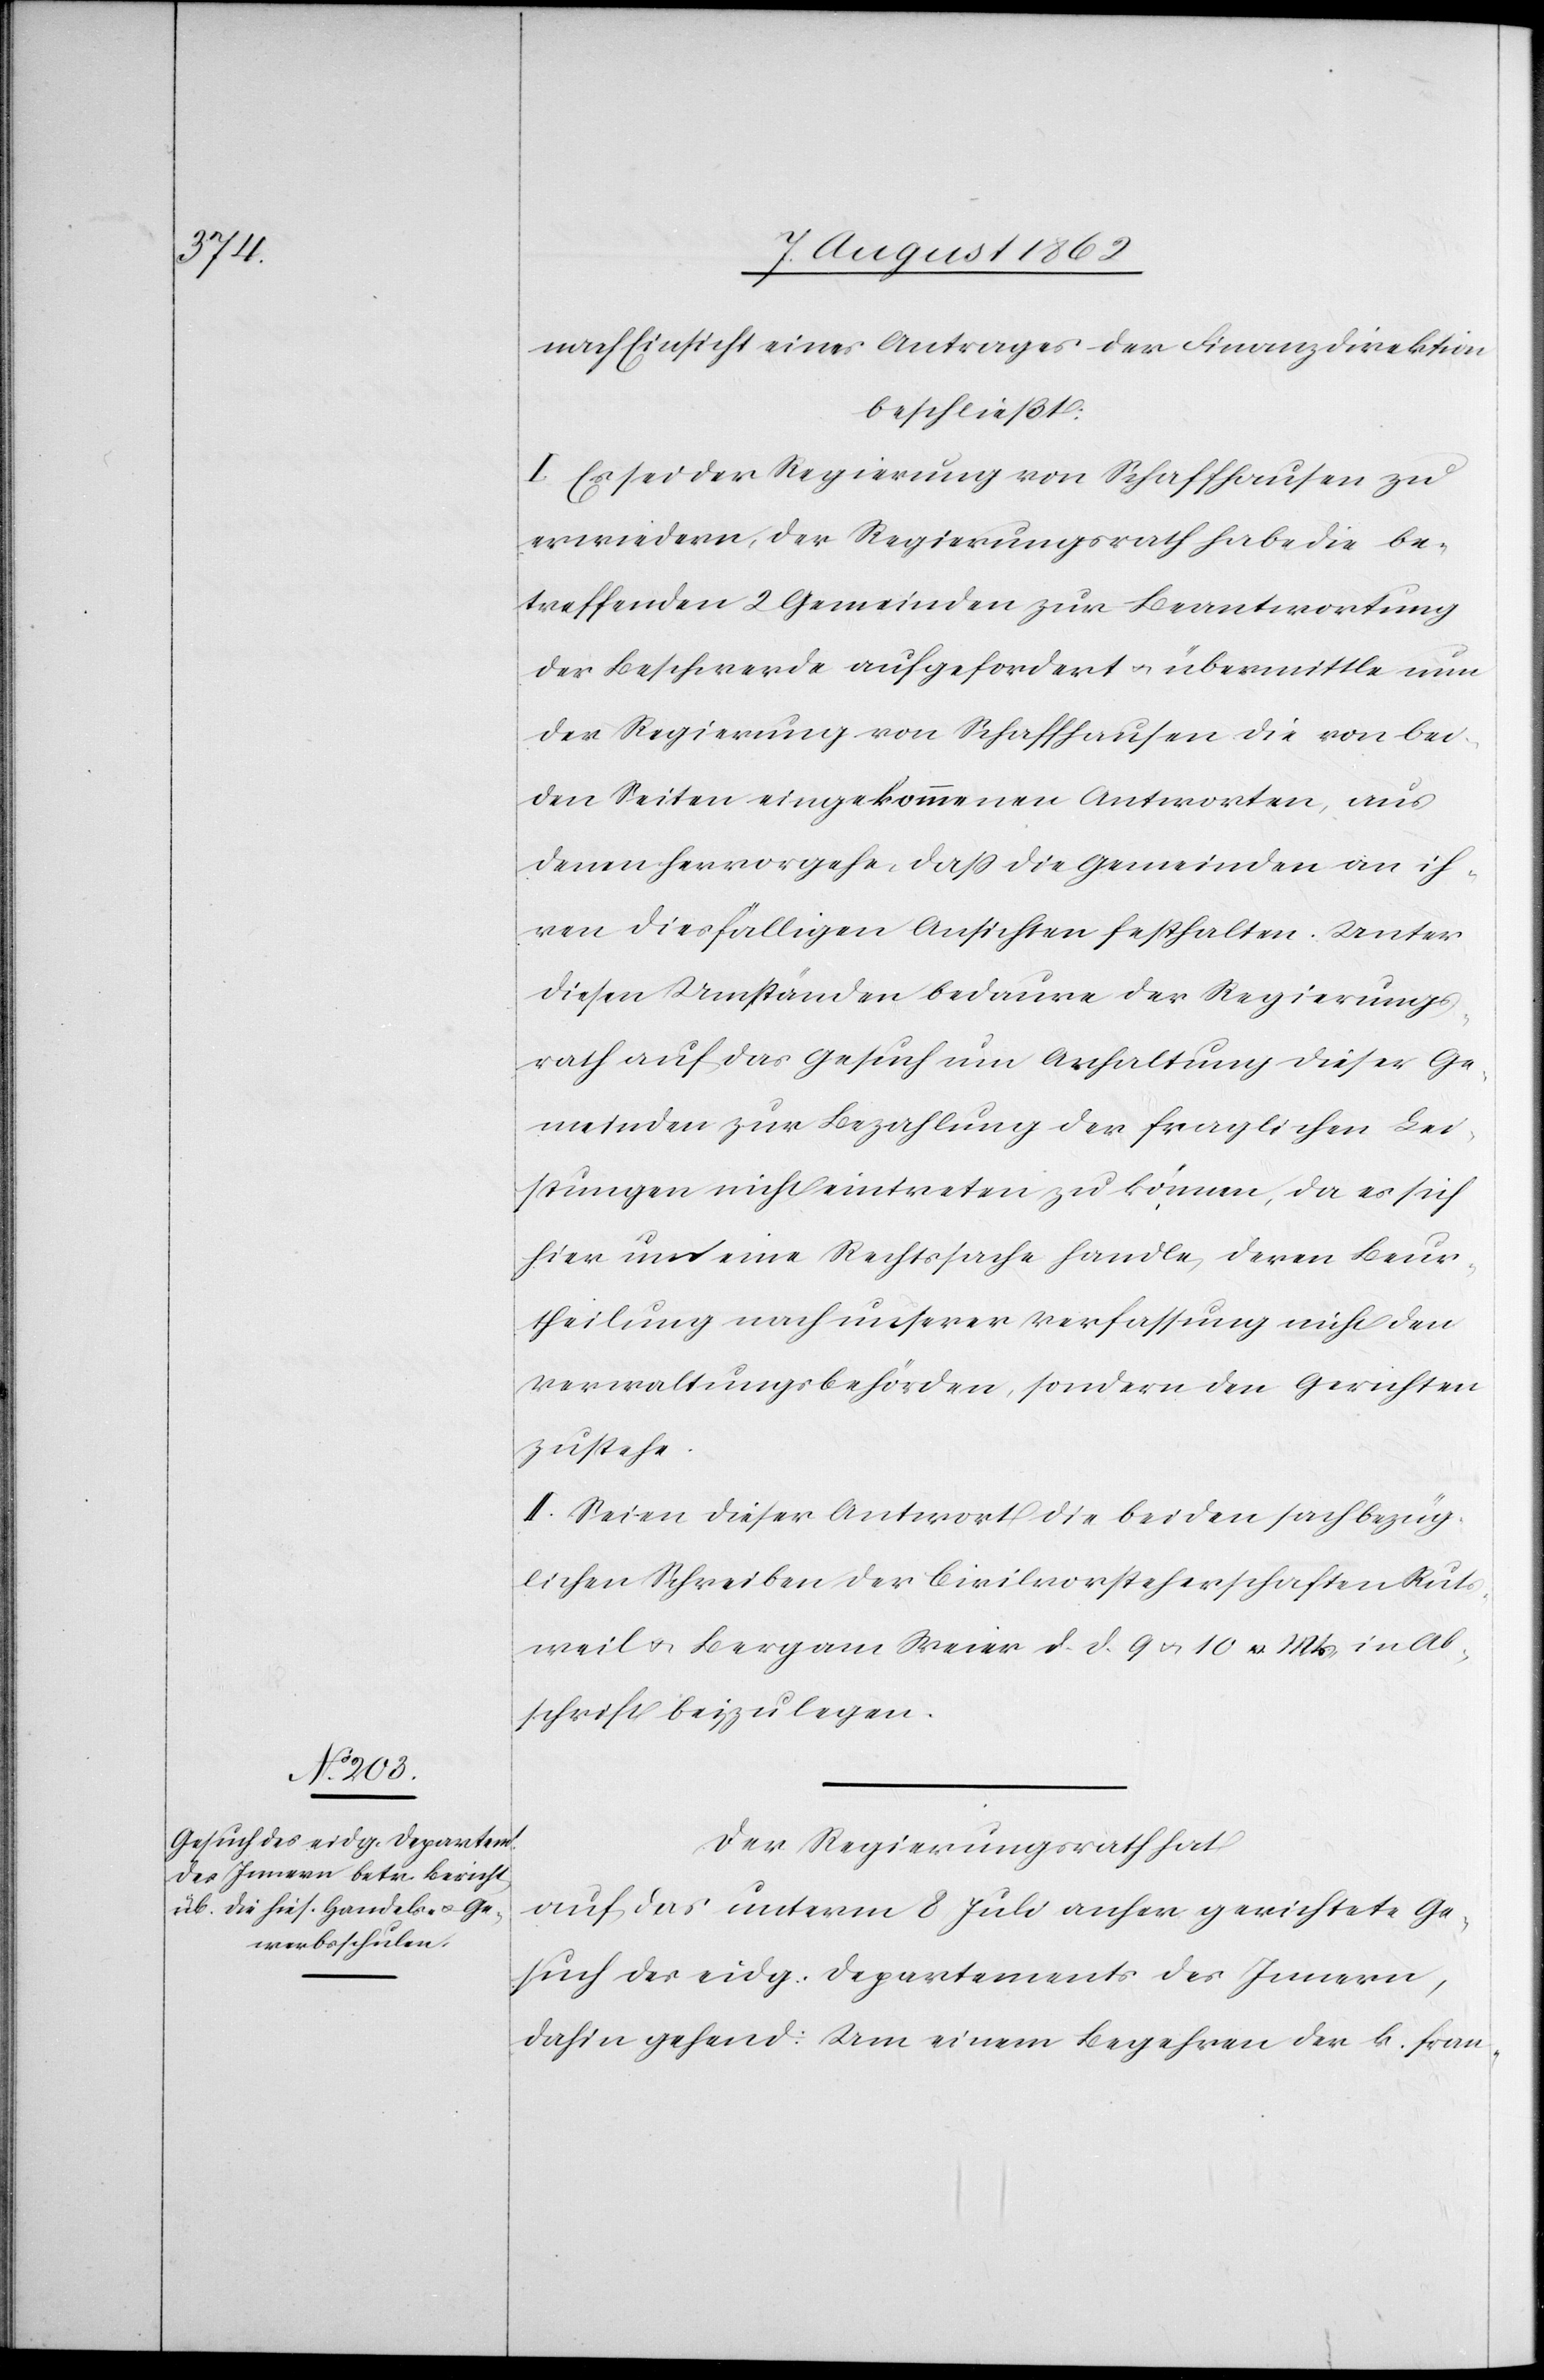
nach Einsicht eines Antrages der Finanzdirektion
beschließt:
I. Es sei der Regierung von Schaffhausen zu
erwiedern, der Regierungsrath habe die be¬
treffenden 2 Gemeinden zur Beantwortung
der Beschwere aufgefordert u. übermittle nun
der Regierung von Schaffhausen die von bei¬
den Seiten eingekommenen Antworten, aus
denen hervorgehe, daß die Gemeinden an ih¬
ren diesfälligen Ansichten festhalten. Unter
diesen Umständen bedaure der Regierungs¬
rath auf das Gesuch um Anhaltung dieser Ge¬
meinden zur Bezahlung der fraglichen Lei¬
stungen nicht eintreten zu können, da es sich
hier um eine Rechtssache handle, deren Beur¬
theilung nach unserer Verfassung nicht den
Verwaltungsbehörden, sondern den Gerichten
zustehe.
II. Seien dieser Antwort die beiden sachbezüg¬
lichen Schreiben der Civilvorsteherschaften Rut¬
sweil u. Berg am Weier d. d. 9. u. 10. v. Mts. in Ab¬
schrift beizulegen.
Der Regierungsrath hat
auf das unterm 8. Juli anher gerichtete Ge¬
such des eidg. Departements des Innern,
dahin gehend: Um einem Begehren der k. fran-